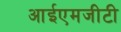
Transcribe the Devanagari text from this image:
आईएमजीटी